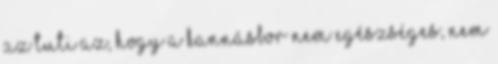
az tuti az, hogy a kannásbor nem egészséges, nem